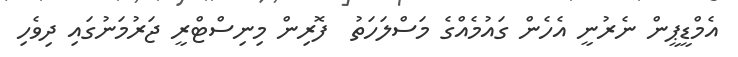
އެމްޑީޕީން ނެރުނީ އެހެން ގައުމެއްގެ މަސްލަހަތު  ފޮރިން މިނިސްޓްރީ ޖަރުމަނުގައި ދިވެހި